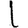
Digit: 1